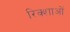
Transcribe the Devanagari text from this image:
रिक्शाओं